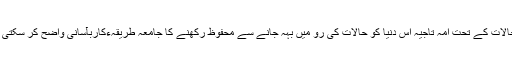
ان حالات کے تحت امہ تاجیہ اس دنیا کو حالات کی رو میں بہہ جانے سے محفوظ رکھنے کا جامعہ طریقہءکاربآسانی واضح کر سکتی ہے۔